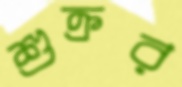
শুক্রর